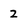
Character: 2